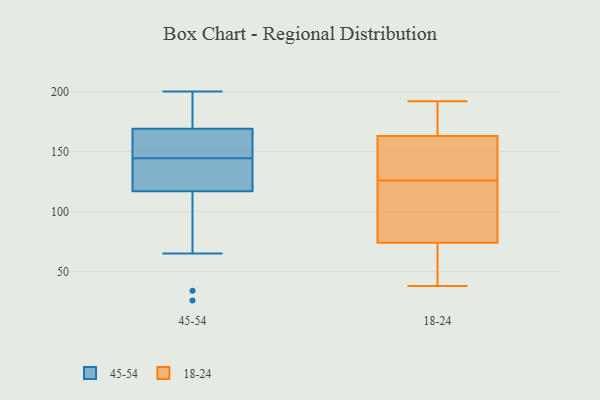
{"axis": {"x": "Revenue (USD Million)", "y": "Value"}, "legend": ["18-24", "45-54"], "data": [{"x": "", "y": 127, "type": "45-54"}, {"x": "", "y": 163, "type": "45-54"}, {"x": "", "y": 169, "type": "45-54"}, {"x": "", "y": 169, "type": "45-54"}, {"x": "", "y": 115, "type": "45-54"}, {"x": "", "y": 117, "type": "45-54"}, {"x": "", "y": 138, "type": "45-54"}, {"x": "", "y": 34, "type": "45-54"}, {"x": "", "y": 65, "type": "45-54"}, {"x": "", "y": 193, "type": "45-54"}, {"x": "", "y": 127, "type": "45-54"}, {"x": "", "y": 200, "type": "45-54"}, {"x": "", "y": 143, "type": "45-54"}, {"x": "", "y": 195, "type": "45-54"}, {"x": "", "y": 165, "type": "45-54"}, {"x": "", "y": 26, "type": "45-54"}, {"x": "", "y": 190, "type": "45-54"}, {"x": "", "y": 146, "type": "45-54"}, {"x": "", "y": 75, "type": "18-24"}, {"x": "", "y": 94, "type": "18-24"}, {"x": "", "y": 129, "type": "18-24"}, {"x": "", "y": 158, "type": "18-24"}, {"x": "", "y": 49, "type": "18-24"}, {"x": "", "y": 71, "type": "18-24"}, {"x": "", "y": 189, "type": "18-24"}, {"x": "", "y": 126, "type": "18-24"}, {"x": "", "y": 38, "type": "18-24"}, {"x": "", "y": 192, "type": "18-24"}, {"x": "", "y": 178, "type": "18-24"}, {"x": "", "y": 87, "type": "18-24"}, {"x": "", "y": 139, "type": "18-24"}]}